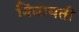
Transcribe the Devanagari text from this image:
निंबायती